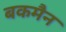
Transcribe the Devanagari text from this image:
बकमैन